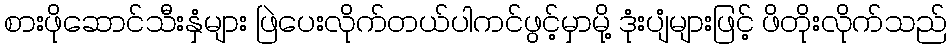
စားဖိုဆောင်သီးနှံများ ဖြဲပေးလိုက်တယ်ပါကင်ဖွင့်မှာမို့ ဒုံးပျံများဖြင့် ဖိတိုးလိုက်သည်